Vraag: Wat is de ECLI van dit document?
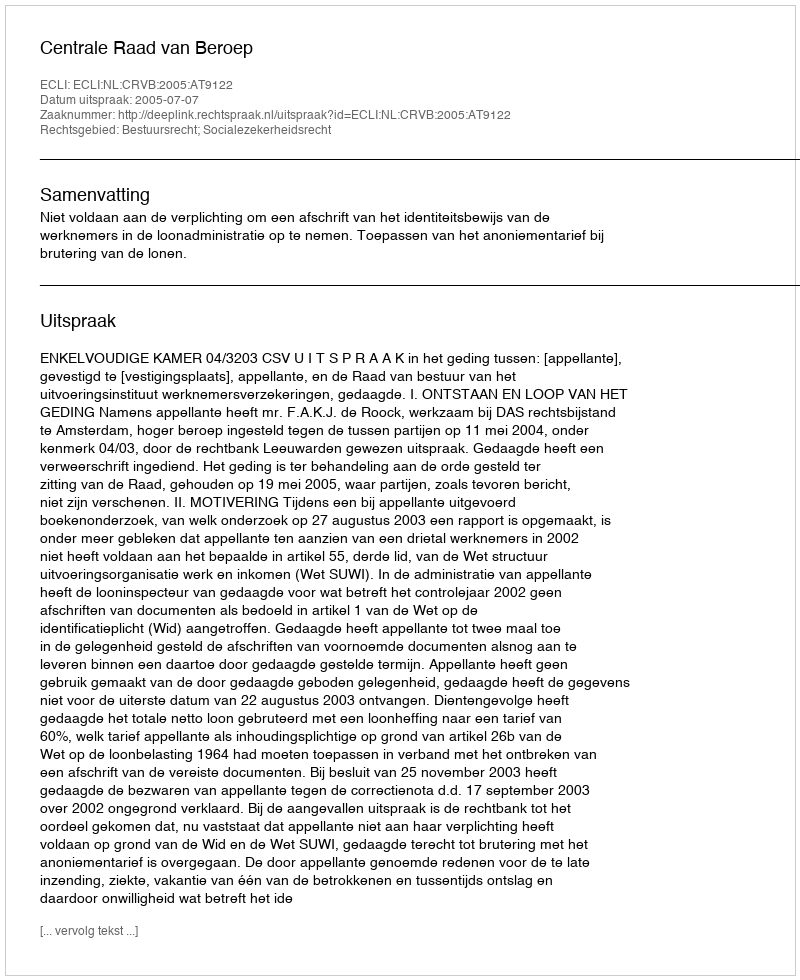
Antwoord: ECLI:NL:CRVB:2005:AT9122